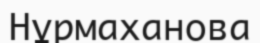
Нұрмаханова